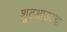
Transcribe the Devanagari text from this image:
शूटआउटचा